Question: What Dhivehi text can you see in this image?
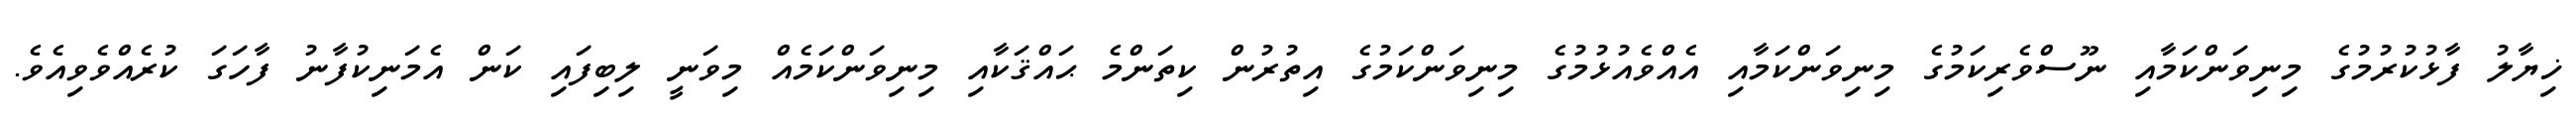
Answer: ޚިޔާލު ފާޅުކުރުމުގެ މިނިވަންކަމާއި ނޫސްވެރިކަމުގެ މިނިވަންކަމާއި އެއްވެއުޅުމުގެ މިނިވަންކަމުގެ އިތުރުން ކިތަންމެ ޙައްޤަކާއި މިނިވަންކަމެއް މިވަނީ ލިބިފައި ކަން އެމަނިކުފާނު ފާހަގަ ކުރެއްވެވިއެވެ.